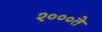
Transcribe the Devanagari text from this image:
२०००ते